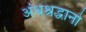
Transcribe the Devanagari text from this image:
अंधश्रद्धानो